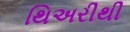
થિઅરીથી